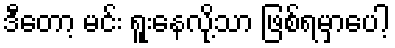
ဒီတော့ မင်း ရူးနေလို့သာ ဖြစ်ရမှာပေါ့